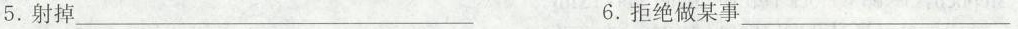
5.射掉\underline6.拒绝做某事\underline